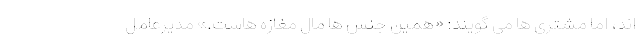
اند، اما مشتری ها می گویند: «همین جنس ها مال مغازه هاست.» مدیرعامل